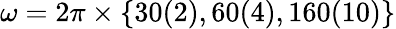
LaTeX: \omega=2\pi\times\{ 30(2),60(4),160(10)\}